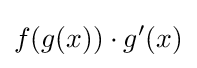
f(g(x))\cdot g'(x)